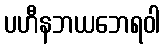
ပဟီနဘယဘေရဝါ